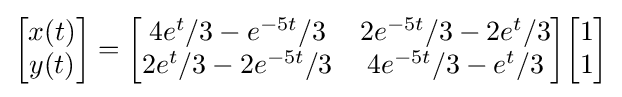
{\begin{bmatrix}x(t)\\y(t)\end{bmatrix}}={\begin{bmatrix}4e^{t}/3-e^{-5t}/3&2e^{-5t}/3-2e^{t}/3\\2e^{t}/3-2e^{-5t}/3&4e^{-5t}/3-e^{t}/3\end{bmatrix}}{\begin{bmatrix}1\\1\end{bmatrix}}